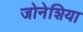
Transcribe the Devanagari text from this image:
जोनेशिया